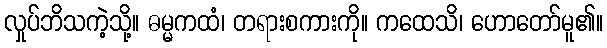
လှုပ်ဘိသကဲ့သို့။ ဓမ္မကထံ၊ တရားစကားကို။ ကထေသိ၊ ဟောတော်မူ၏။